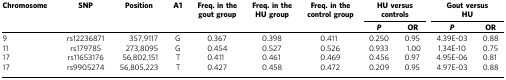
<table><thead><tr><td><b>Chromosome</b></td><td><b>SNP</b></td><td><b>Position</b></td><td><b>A1</b></td><td><b>Freq. in the gout group</b></td><td><b>Freq. in the HU group</b></td><td><b>Freq. in the control group</b></td><td colspan="2"><b>HU versus controls</b></td><td colspan="2"><b>Gout versus HU</b></td></tr><tr><td><b> </b></td><td><b> </b></td><td><b> </b></td><td><b> </b></td><td><b> </b></td><td><b> </b></td><td><b> </b></td><td><b><i>P</i></b></td><td><b>OR</b></td><td><b><i>P</i></b></td><td><b>OR</b></td></tr></thead><tbody><tr><td>9</td><td>rs12236871</td><td>357,9117</td><td>G</td><td>0.367</td><td>0.398</td><td>0.411</td><td>0.250</td><td>0.95</td><td>4.39E-03</td><td>0.88</td></tr><tr><td>11</td><td>rs179785</td><td>273,8095</td><td>G</td><td>0.454</td><td>0.527</td><td>0.526</td><td>0.933</td><td>1.00</td><td>1.34E-10</td><td>0.75</td></tr><tr><td>17</td><td>rs11653176</td><td>56,802,151</td><td>T</td><td>0.411</td><td>0.461</td><td>0.469</td><td>0.456</td><td>0.97</td><td>4.95E-06</td><td>0.81</td></tr><tr><td>17</td><td>rs9905274</td><td>56,805,223</td><td>T</td><td>0.427</td><td>0.458</td><td>0.472</td><td>0.209</td><td>0.95</td><td>4.97E-03</td><td>0.88</td></tr></tbody></table>